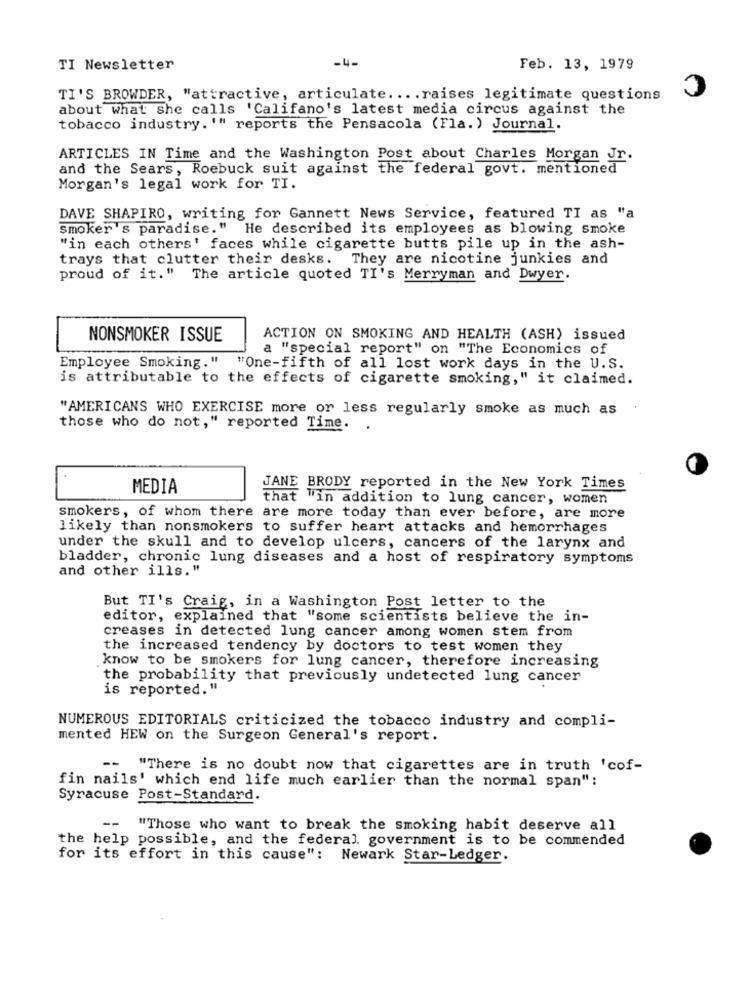
-4-
TI Newsletter
Feb. 13, 1979
C
TI'S BROWDER, "attractive, articulate .... raises legitimate questions
about what she calls 'Califano's latest media circus against the
tobacco industry. '" reports the Pensacola (Fla. ) Journal.
ARTICLES IN Time and the Washington Post about Charles Morgan Jr.
and the Sears, Roebuck suit against the federal govt. mentioned
Morgan's legal work for TI.
DAVE SHAPIRO, writing for Gannett News Service, featured TI as "a
smoker's paradise."
He described its employees as blowing smoke
"in each others' faces while cigarette butts pile up in the ash-
trays that clutter their desks. They are nicotine junkies and
proud of it." The article quoted TI's Merryman and Dwyer.
NONSMOKER ISSUE
ACTION ON SMOKING AND HEALTH (ASH) issued
a "special report" on "The Economics of
Employee Smoking,"
"One-fifth of all lost work days in the U.S.
is attributable to the effects of cigarette smoking," it claimed.
"AMERICANS WHO EXERCISE more or less regularly smoke as much as
those who do not," reported Time.
MEDIA
JANE BRODY reported in the New York Times
that "in addition to lung cancer, women
smokers, of whom there are more today than ever before, are more
likely than nonsmokers to suffer heart attacks and hemorrhages
under the skull and to develop ulcers, cancers of the larynx and
bladder, chronic lung diseases and a host of respiratory symptoms
and other ills."
But TI's Craig, in a Washington Post letter to the
editor, explained that "some scientists believe the in-
creases in detected lung cancer among women stem from
the increased tendency by doctors to test women they
know to be smokers for lung cancer, therefore increasing
the probability that previously undetected lung cancer
is reported. "
NUMEROUS EDITORIALS criticized the tobacco industry and compli-
mented HEW on the Surgeon General's report.
--
"There is no doubt now that cigarettes are in truth 'cof-
fin nails' which end life much earlier than the normal span":
Syracuse Post-Standard.
--
"Those who want to break the smoking habit deserve all
the help possible, and the federal government is to be commended
for its effort in this cause": Newark Star-Ledger.